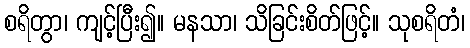
စရိတွာ၊ ကျင့်ပြီး၍။ မနသာ၊ သိခြင်းစိတ်ဖြင့်။ သုစရိတံ၊